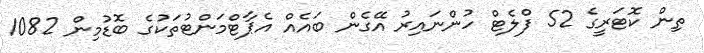
ތިން ކޮޓަރީގެ 52 ފްލެޓް ހުންނައިރު އޭގެން ބައެއް އެޕާޓްމަންޓުތަކުގެ ބޮޑުމިން 1082